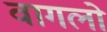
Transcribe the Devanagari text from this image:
वागलो